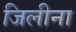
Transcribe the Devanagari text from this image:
जिलीना